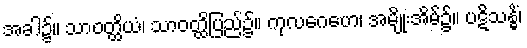
အခါ၌။ သာဝတ္ထိယံ၊ သာဝတ္ထိပြည်၌။ ကုလဂေဟေ၊ အမျိုးအိမ်၌။ ပဋိသန္ဓိံ၊